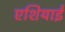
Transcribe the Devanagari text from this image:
एशियाई